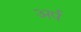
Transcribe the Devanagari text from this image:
अर्प